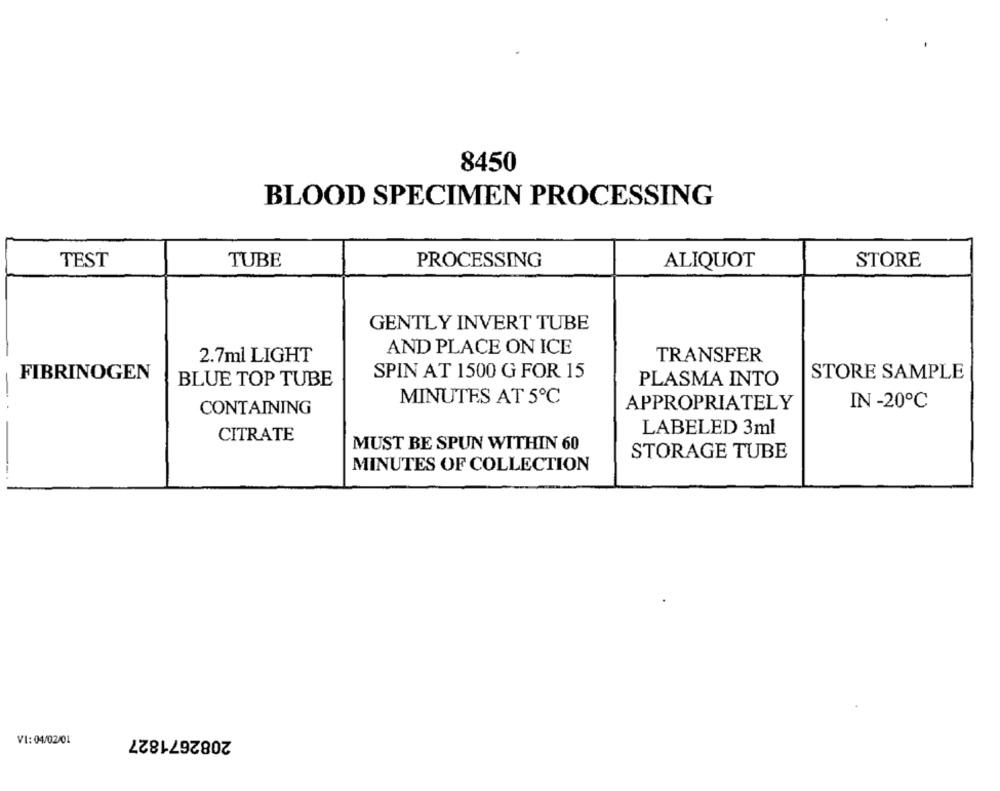
8450
BLOOD SPECIMEN PROCESSING
TEST
TUBE
PROCESSING
ALIQUOT
STORE
GENTLY INVERT TUBE
AND PLACE ON ICE
2.7ml LIGHT
TRANSFER
FIBRINOGEN
SPIN AT 1500 G FOR 15
STORE SAMPLE
BLUE TOP TUBE
PLASMA INTO
MINUTES AT 5℃
CONTAINING
APPROPRIATELY
IN -20℃
LABELED 3ml
CITRATE
MUST BE SPUN WITHIN 60
STORAGE TUBE
MINUTES OF COLLECTION
2082671827
VI: 04/02/01